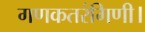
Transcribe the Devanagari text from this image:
गणकतरंगिणी।